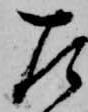
左